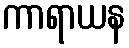
ကာရာယန